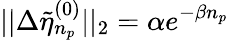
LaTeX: ||\Delta\tilde{\eta}_{n_{p}}^{(0)}||_{2}=\alpha e^{-\beta n_{p}}